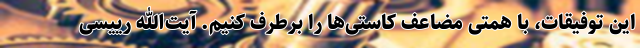
این توفیقات، با همتی مضاعف کاستی‌ها را برطرف کنیم. آیت‌الله رییسی